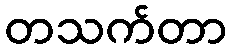
တသက်တာ